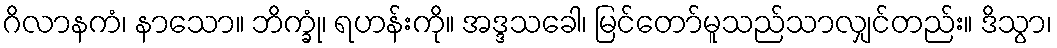
ဂိလာနကံ၊ နာသော။ ဘိက္ခုံ၊ ရဟန်းကို။ အဒ္ဒသခေါ၊ မြင်တော်မူသည်သာလျှင်တည်း။ ဒိသွာ၊